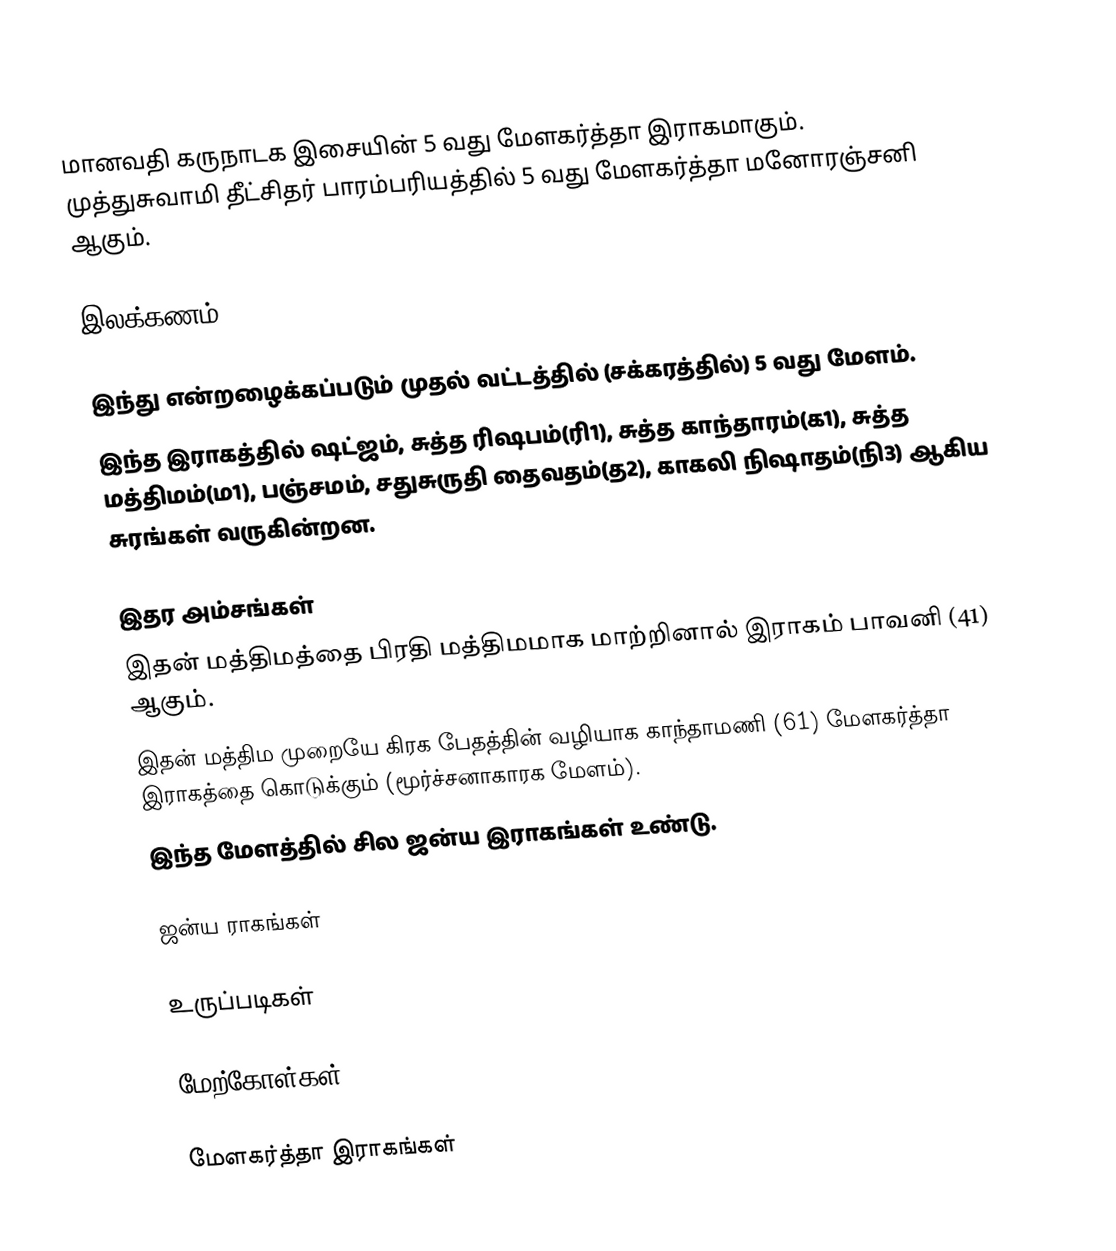
மானவதி கருநாடக இசையின் 5 வது மேளகர்த்தா இராகமாகும். முத்துசுவாமி தீட்சிதர் பாரம்பரியத்தில் 5 வது மேளகர்த்தா மனோரஞ்சனி ஆகும்.

இலக்கணம்

 இந்து என்றழைக்கப்படும் முதல் வட்டத்தில் (சக்கரத்தில்) 5 வது மேளம்.
 இந்த இராகத்தில் ஷட்ஜம், சுத்த ரிஷபம்(ரி1), சுத்த காந்தாரம்(க1), சுத்த மத்திமம்(ம1), பஞ்சமம், சதுசுருதி தைவதம்(த2), காகலி நிஷாதம்(நி3) ஆகிய சுரங்கள் வருகின்றன.

இதர அம்சங்கள்
 இதன் மத்திமத்தை பிரதி மத்திமமாக மாற்றினால் இராகம் பாவனி (41) ஆகும்.
 இதன் மத்திம முறையே கிரக பேதத்தின் வழியாக காந்தாமணி (61) மேளகர்த்தா இராகத்தை கொடுக்கும் (மூர்ச்சனாகாரக மேளம்).
 இந்த மேளத்தில் சில ஜன்ய இராகங்கள் உண்டு.

ஜன்ய ராகங்கள்

உருப்படிகள்

மேற்கோள்கள்

மேளகர்த்தா இராகங்கள்